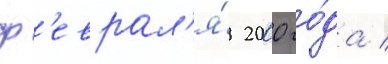
ф'еврал'я́ 2000 го́да /